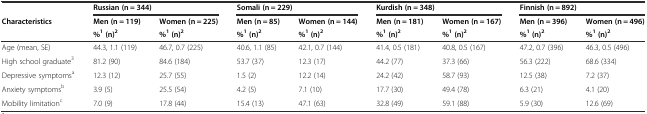
|  | <COLSPAN=2> Russian (n = 344) | <COLSPAN=2> Somali (n = 229) | <COLSPAN=2> Kurdish (n = 348) | <COLSPAN=2> Finnish (n = 892) |
 | Characteristics | Men (n = 119) | Women (n = 225) | Men (n = 85) | Women (n = 144) | Men (n = 181) | Women (n = 167) | Men (n = 396) | Women (n = 496) |
 |  | %1(n)2 | %1(n)2 | %1(n)2 | %1(n)2 | %1(n)2 | %1(n)2 | %1(n)2 | %1(n)2 |
 | --- | --- | --- | --- | --- | --- | --- | --- | --- |
 | Age (mean, SE) | 44.3, 1.1 (119) | 46.7, 0.7 (225) | 40.6, 1.1 (85) | 42.1, 0.7 (144) | 41.4, 0.5 (181) | 40.8, 0.5 (167) | 47.2, 0.7 (396) | 46.3, 0.5 (496) |
 | High school graduate3 | 81.2 (90) | 84.6 (184) | 53.7 (37) | 12.3 (17) | 44.2 (77) | 37.3 (66) | 56.3 (222) | 68.6 (334) |
 | Depressive symptomsa | 12.3 (12) | 25.7 (55) | 1.5 (2) | 12.2 (14) | 24.2 (42) | 58.7 (93) | 12.5 (38) | 7.2 (37) |
 | Anxiety symptomsb | 3.9 (5) | 25.5 (54) | 4.2 (5) | 7.1 (10) | 17.7 (30) | 49.4 (78) | 6.3 (21) | 4.1 (20) |
 | Mobility limitationc | 7.0 (9) | 17.8 (44) | 15.4 (13) | 47.1 (63) | 32.8 (49) | 59.1 (88) | 5.9 (30) | 12.6 (69) |